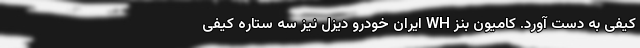
کیفی به دست آورد. کامیون بنز WH ایران خودرو دیزل نیز سه ستاره کیفی